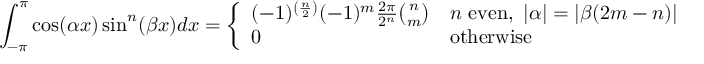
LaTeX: \int _ { - \pi } ^ { \pi } \cos ( \alpha x ) \sin ^ { n } ( \beta x ) d x = { \left\{ \begin{array} { l l } { ( - 1 ) ^ { \left( { \frac { n } { 2 } } \right) } ( - 1 ) ^ { m } { \frac { 2 \pi } { 2 ^ { n } } } { \binom { n } { m } } } & { n { \mathrm { ~ e v e n } } , \ | \alpha | = | \beta ( 2 m - n ) | } \\ { 0 } & { { \mathrm { o t h e r w i s e } } } \end{array} \right. }